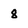
Character: 8